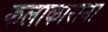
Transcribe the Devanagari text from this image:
कलाकाराना